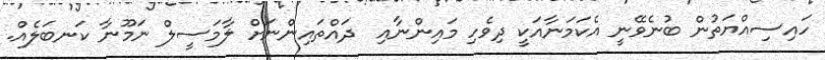
ހައިސިއްޔަތުން ބުނެވޭނީ އެކަމަނާއަކީ ދިވެހި މައިންނާއި  ދައްތައިންނަށް ލާމަސީލް ނަމޫނާ ކަނބަލެއް.